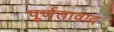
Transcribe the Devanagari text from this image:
पूर्णतावाद